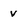
Character: V